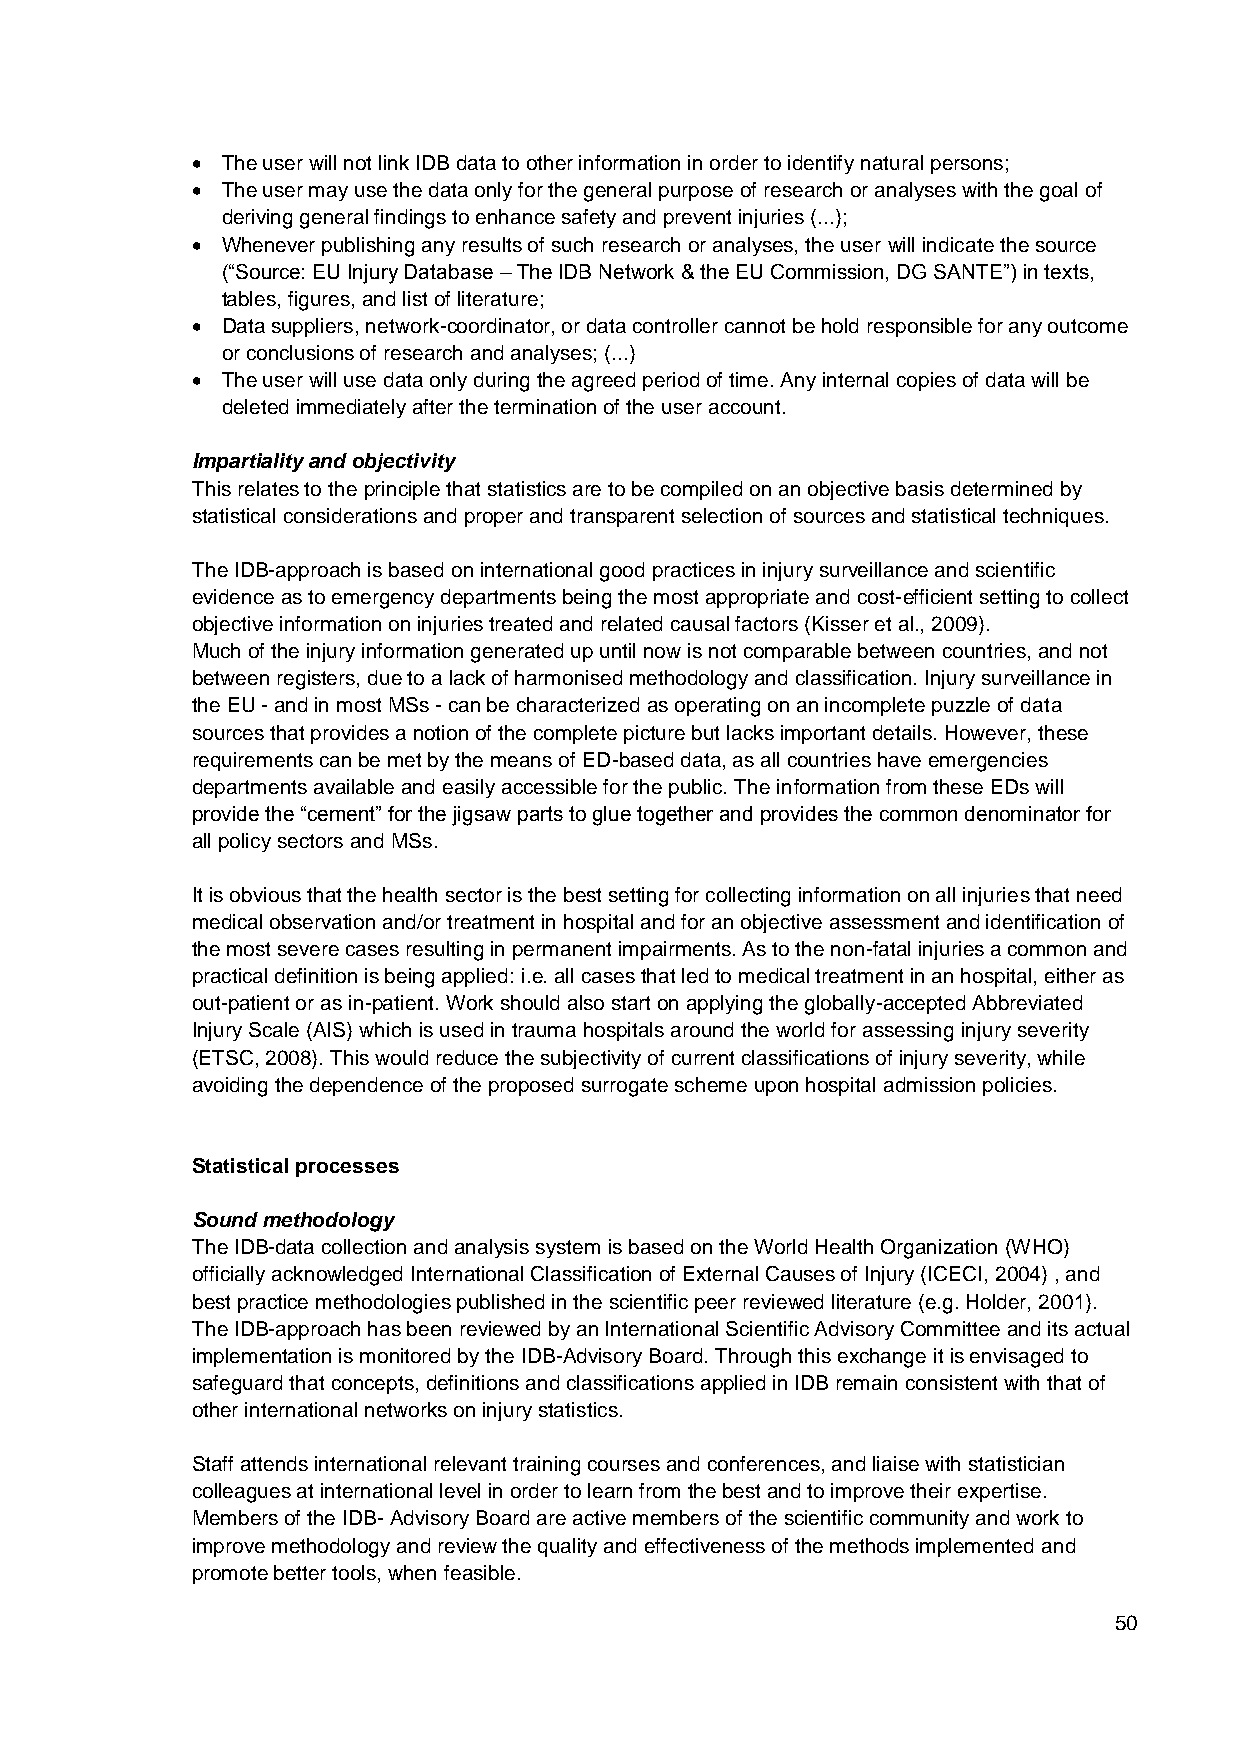
 The user will not link IDB data to other information in order to identify natural persons;
  The user may use the data only for the general purpose of research or analyses with the goal of
 deriving general findings to enhance safety and prevent injuries (...);
  Whenever publishing any results of such research or analyses, the user will indicate the source
 (“Source: EU Injury Database – The IDB Network & the EU Commission, DG SANTE”) in texts,
 tables, figures, and list of literature;
  Data suppliers, network-coordinator, or data controller cannot be hold responsible for any outcome
 or conclusions of research and analyses; (...)
  The user will use data only during the agreed period of time. Any internal copies of data will be
 deleted immediately after the termination of the user account.
 Impartiality and objectivity
 This relates to the principle that statistics are to be compiled on an objective basis determined by
 statistical considerations and proper and transparent selection of sources and statistical techniques.
 The IDB-approach is based on international good practices in injury surveillance and scientific
 evidence as to emergency departments being the most appropriate and cost-efficient setting to collect
 objective information on injuries treated and related causal factors (Kisser et al., 2009).
 Much of the injury information generated up until now is not comparable between countries, and not
 between registers, due to a lack of harmonised methodology and classification. Injury surveillance in
 the EU - and in most MSs - can be characterized as operating on an incomplete puzzle of data
 sources that provides a notion of the complete picture but lacks important details. However, these
 requirements can be met by the means of ED-based data, as all countries have emergencies
 departments available and easily accessible for the public. The information from these EDs will
 provide the “cement” for the jigsaw parts to glue together and provides the common denominator for
 all policy sectors and MSs.
 It is obvious that the health sector is the best setting for collecting information on all injuries that need
 medical observation and/or treatment in hospital and for an objective assessment and identification of
 the most severe cases resulting in permanent impairments. As to the non-fatal injuries a common and
 practical definition is being applied: i.e. all cases that led to medical treatment in an hospital, either as
 out-patient or as in-patient. Work should also start on applying the globally-accepted Abbreviated
 Injury Scale (AIS) which is used in trauma hospitals around the world for assessing injury severity
 (ETSC, 2008). This would reduce the subjectivity of current classifications of injury severity, while
 avoiding the dependence of the proposed surrogate scheme upon hospital admission policies.
 Statistical processes
 Sound methodology
 The IDB-data collection and analysis system is based on the World Health Organization (WHO)
 officially acknowledged International Classification of External Causes of Injury (ICECI, 2004) , and
 best practice methodologies published in the scientific peer reviewed literature (e.g. Holder, 2001).
 The IDB-approach has been reviewed by an International Scientific Advisory Committee and its actual
 implementation is monitored by the IDB-Advisory Board. Through this exchange it is envisaged to
 safeguard that concepts, definitions and classifications applied in IDB remain consistent with that of
 other international networks on injury statistics.
 Staff attends international relevant training courses and conferences, and liaise with statistician
 colleagues at international level in order to learn from the best and to improve their expertise.
 Members of the IDB- Advisory Board are active members of the scientific community and work to
 improve methodology and review the quality and effectiveness of the methods implemented and
 promote better tools, when feasible.
 50